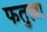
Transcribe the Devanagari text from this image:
फतुल्ला